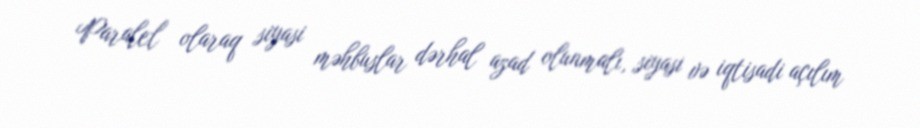
Paralel olaraq siyasi məhbuslar dərhal azad olunmalı, siyasi və iqtisadi açılım